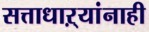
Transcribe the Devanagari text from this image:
सत्ताधाऱ्यांनाही